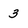
Character: 3